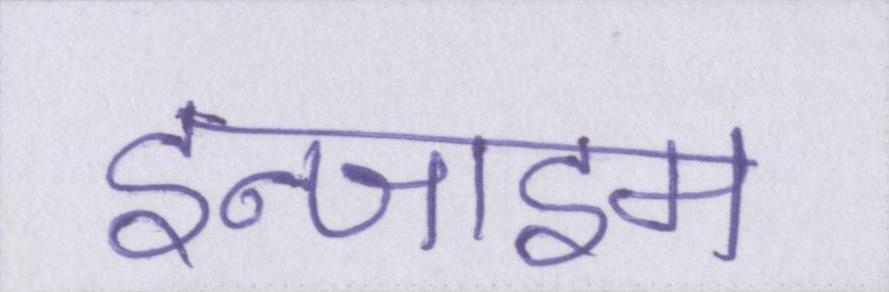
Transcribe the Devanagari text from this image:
इन्जाइम